Document type: Sale
Year: 1499
Scribe: Joan Martínez de Sòria
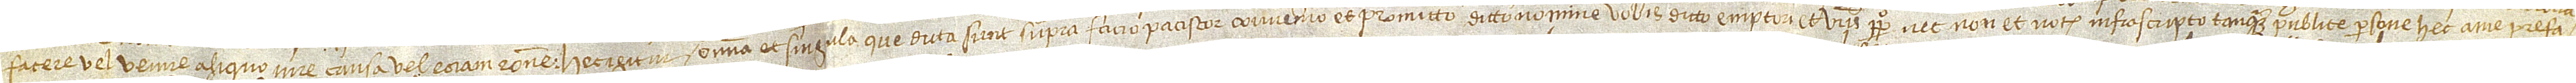
facere vel venire aliquo iure, causa vel etiam ratione. Hec igitur omnia et singula que dicta sunt supra facio, paciscor, convenio et promitto dicto nomine vobis dicto emptori et vestris perpetuo nec non et notario infrascripto tanquam publice persone hec a me prefa-